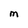
Character: m